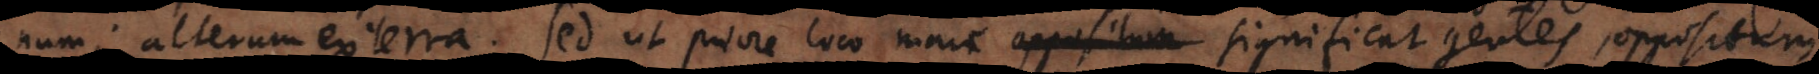
num; alterum ex terra. Sed ut priore loco mare significat gentes, oppositum